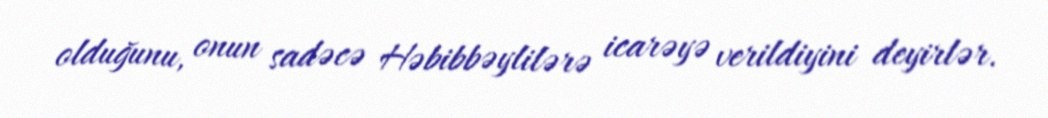
olduğunu, onun sadəcə Həbibbəylilərə icarəyə verildiyini deyirlər.